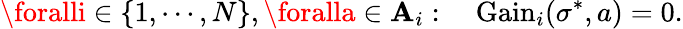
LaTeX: \foralli\in\{ 1,\cdots,N\} ,\foralla\in\mathbf{A}_{i}:\quad{\mathrm{{Gain}}}_{i}(\sigma^{*},a)=0.